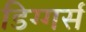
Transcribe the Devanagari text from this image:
डिग्गर्स